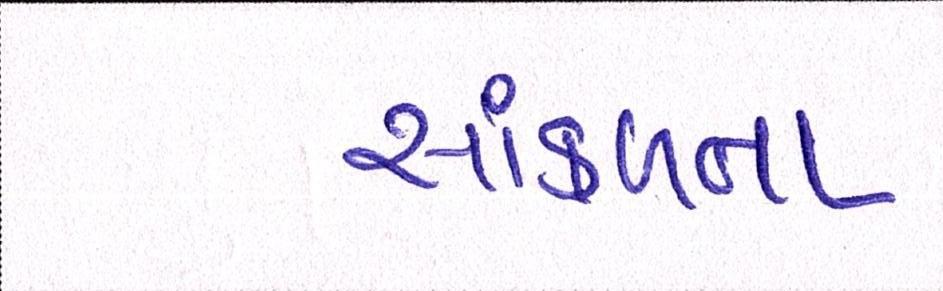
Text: સાંકળતા